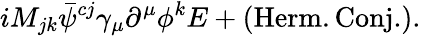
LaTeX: iM_{jk}{\bar{\psi}^{cj}}\gamma_{\mu}\partial^{\mu}\phi^{k}E+(\mathrm{Herm.Conj.}).